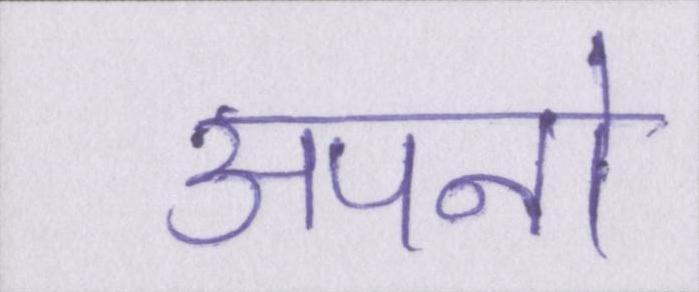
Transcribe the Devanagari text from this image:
अपनो